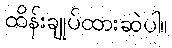
ထိန်းချုပ်ထားဆဲပါ။